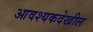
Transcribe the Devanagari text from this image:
आवश्यकदेखील